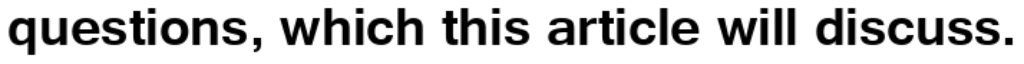
questions, which this article will discuss.